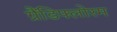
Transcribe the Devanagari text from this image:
ग्रैंडिफ्लोरम